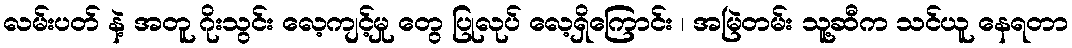
လမ်းပတ် နဲ့ အတူ ဂိုးသွင်း လေ့ကျင့်မှု တွေ ပြုလုပ် လေ့ရှိကြောင်း ၊ အမြဲတမ်း သူ့ဆီက သင်ယူ နေရတာ